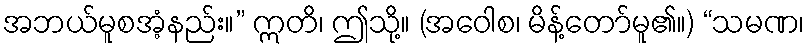
အဘယ်မူစအံ့နည်း။” ဣတိ၊ ဤသို့။ (အဝေါစ၊ မိန့်တော်မူ၏။) “သမဏ၊